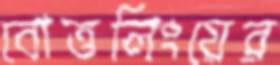
বোত্তলিংয়ের